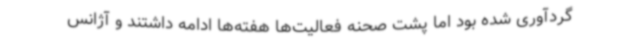
گردآوری شده بود اما پشت صحنه فعالیت‌ها هفته‌ها ادامه داشتند و آژانس